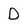
Character: D